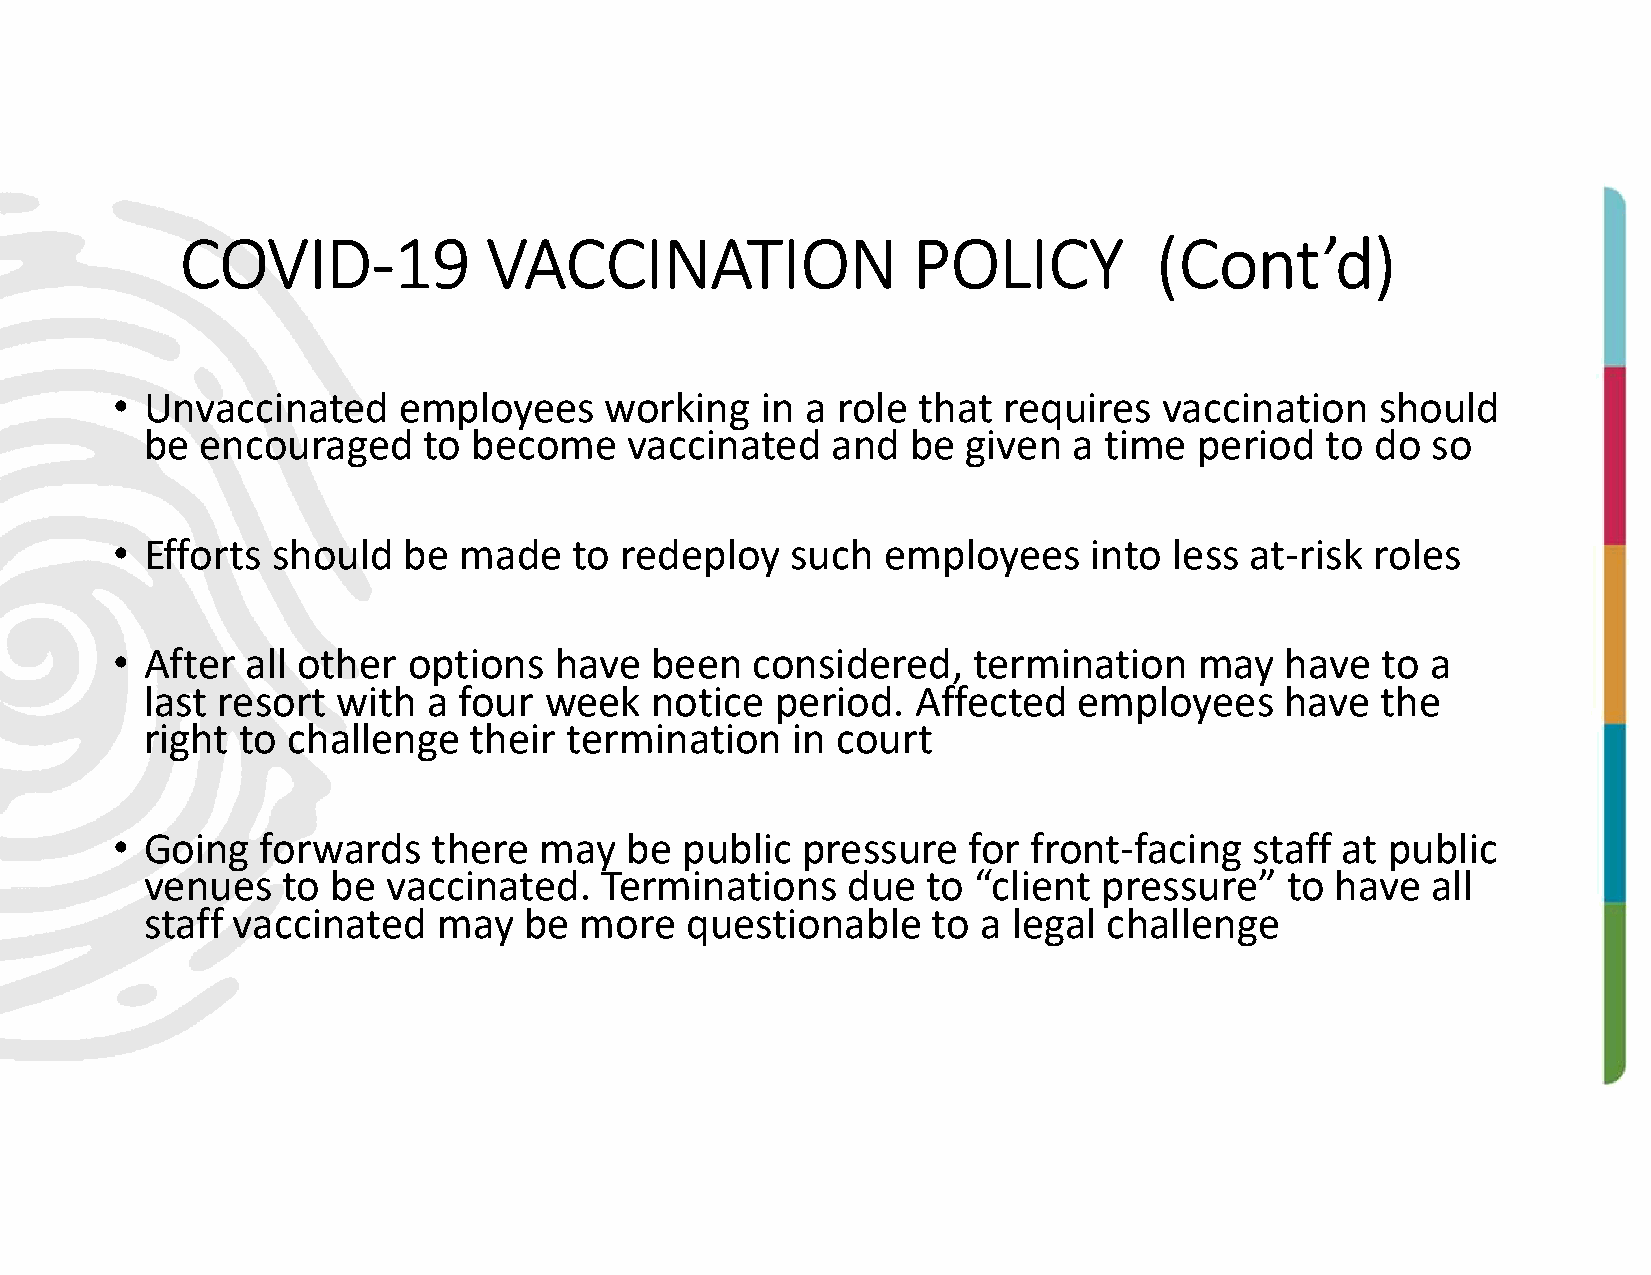
COVID-19            VACCINATION                 POLICY          (Cont’d)
 •  Unvaccinated    employees     working   in a role  that requires   vaccination   should
 be encouraged     to become    vaccinated    and  be  given  a time  period   to do  so
 •  Efforts should   be made    to redeploy   such   employees    into  less at-risk roles
 •  After all other  options   have  been   considered,   termination    may   have  to  a
 last resort with  a four  week   notice  period.   Affected  employees     have  the
 right to challenge   their termination    in court
 •  Going  forwards    there  may  be  public  pressure   for front-facing   staff at public
 venues   to be  vaccinated.   Terminations    due  to “client  pressure”   to have   all
 staff vaccinated   may   be more   questionable     to a legal challenge